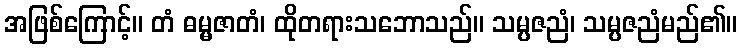
အဖြစ်ကြောင့်။ တံ ဓမ္မဇာတံ၊ ထိုတရားသဘောသည်။ သမ္ပဇညံ၊ သမ္ပဇညံမည်၏။